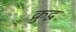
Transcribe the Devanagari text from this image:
क्रुद्व